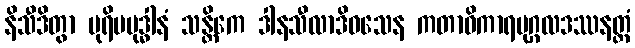
နိသီဒိတွာ ပုရိမဗုဒ္ဓါနံ သန္တိကေ ဒါနသီလာဒိဝသေန ကတာဓိကာရပုဂ္ဂလဒဿနတ္ထံ